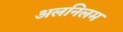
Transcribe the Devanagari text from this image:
अलनिलम